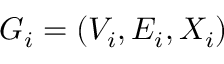
G _ { i } = ( V _ { i } , E _ { i } , X _ { i } )